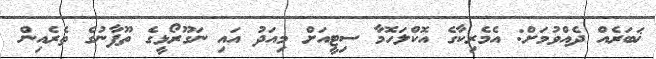
ޚަބަރެއް ދެއްވުމަށް: އެމެރިކާގެ އޮކްލަހޮމާ ސިޓީއަށް މިއަދު އައި ނަގޫރޯޅީގެ ތޫފާނުގެ ތެރެއިން